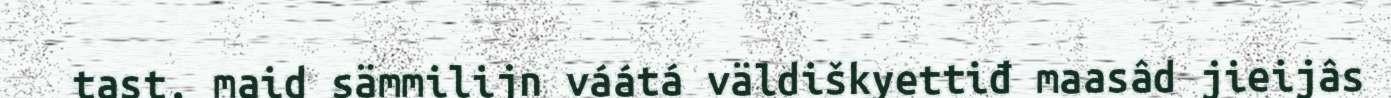
tast, maid sämmilijn váátá väldiškyettiđ maasâd jieijâs